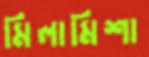
মিলামিশা